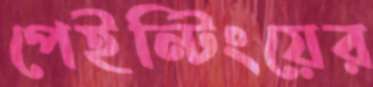
পেইন্টিংয়ের